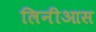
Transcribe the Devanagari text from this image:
लिनीआस